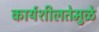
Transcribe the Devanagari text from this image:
कार्यशीलतेमुळे